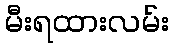
မီးရထားလမ်း